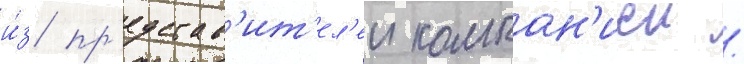
и́з пр'едстав'ит'ел'еи компан'иеи /